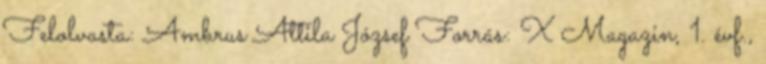
Felolvasta: Ambrus Attila József Forrás: X Magazin, 1. évf.,